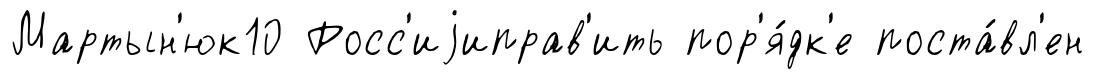
Мартын'юк10 Росс'иjиправ'ить пор'я́дк'е поста́вл'ен